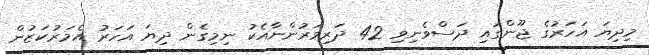
މިދިޔަ އަހަރުގެ ޖޫންގައި ދަސްވެނިވި 42 ދަރިވަރުންނާއެކު ނިމިގެން ދިޔަ އަހަރު އެމަރުކަޒުން